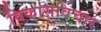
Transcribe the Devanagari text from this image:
विकासविचार